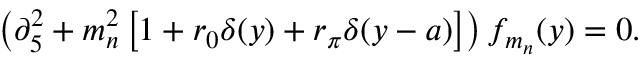
\left( \partial _ { 5 } ^ { 2 } + m _ { n } ^ { 2 } \left[ 1 + r _ { 0 } \delta ( y ) + r _ { \pi } \delta ( y - a ) \right] \right) f _ { m _ { n } } ( y ) = 0 .